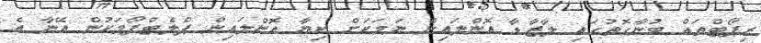
ރިޕޯޓްތައް ބުނާގޮތުގައި ލާޒާޑާ އޮންލައިން ނަމަކަށް ކިޔާ އޮންލައިން ޕްލެޓްފޯމަކުން އޭނާ އެ